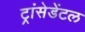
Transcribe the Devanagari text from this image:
ट्रांसेडेंटल